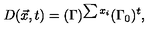
D ( \vec { x } , t ) = ( \Gamma ) ^ { \sum x _ { i } } ( \Gamma _ { 0 } ) ^ { t } ,